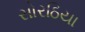
સોરઠિયા